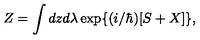
Z = \int d z d \lambda \exp \{ ( i / \hbar ) [ S + X ] \} ,